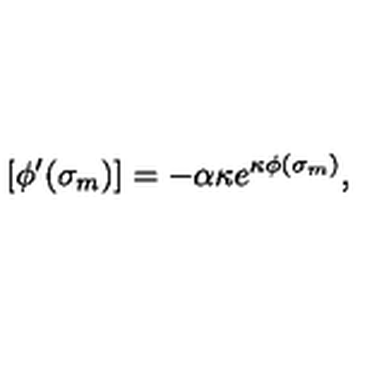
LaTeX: [ \phi ^ { \prime } ( \sigma _ { m } ) ] = - \alpha \kappa e ^ { \kappa \phi ( \sigma _ { m } ) } ,